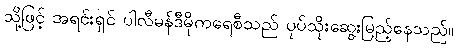
သို့ဖြင့် အရင်းရှင် ပါလီမန်ဒီမိုကရေစီသည် ပုပ်သိုးဆွေးမြည့်နေသည်။